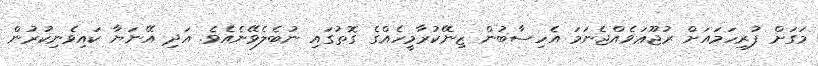
މަގަށް ފުރިހަމައަށް ރުޖޫޢަވެއްޖެނަމަ އެހިސާބުން ޒިނޭކުރާމީހެއްގެ ގޮތުގައި ނުބެލެވޭނެއެވެ. އަދި އޭނަޔާ ކައިވެނިކުރުން